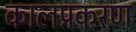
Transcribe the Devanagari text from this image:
कालप्रकरण